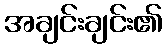
အချင်းချင်း၏